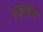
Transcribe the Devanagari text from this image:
एड्रायर